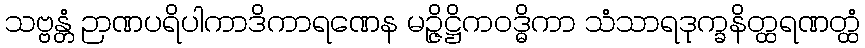
သဗ္ဗန္တံ ဉာဏပရိပါကာဒိကာရဏေန မဉ္ဇိဋ္ဌိကဝဒ္ဓိကာ သံသာရဒုက္ခနိတ္ထရဏတ္ထံ